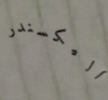
أليكسندر